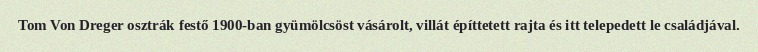
Tom Von Dreger osztrák festő 1900-ban gyümölcsöst vásárolt, villát építtetett rajta és itt telepedett le családjával.